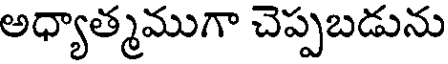
అధ్యాత్మముగా చెప్పబడును